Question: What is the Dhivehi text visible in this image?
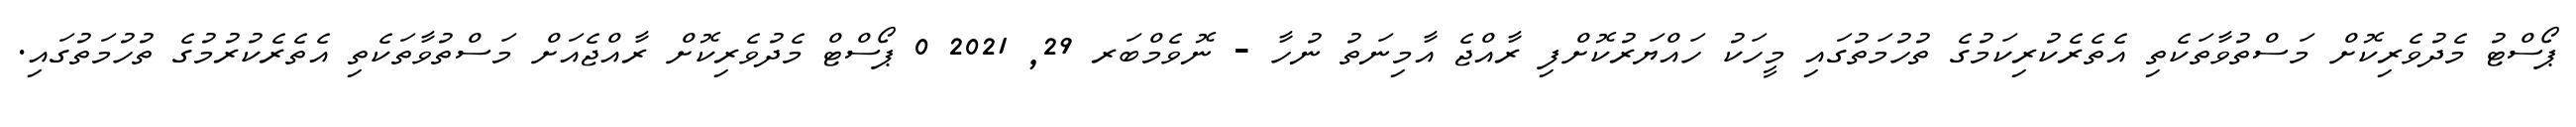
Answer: ޕޯސްޓު މެދުވެރިކޮށް މަސްތުވާތަކެތި އެތެރެކުރިކަމުގެ ތުހުމަތުގައި މީހަކު ހައްޔަރުކޮށްފި ރާއްޖެ އާމިނަތު ނުހާ - ނޮވެމްބަރ 29, 2021 0 ޕޯސްޓް މެދުވެރިކޮށް ރާއްޖެއަށް މަސްތުވާތަކެތި އެތެރެކުރުމުގެ ތުހުމަތުގައި.